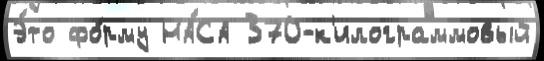
Э́то фо́рму НА́СА 370-к'илограммовый